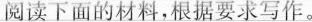
阅读下面的材料，根据要求写作。